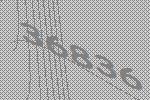
36836